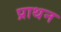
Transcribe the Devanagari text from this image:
प्राथन